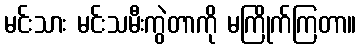
မင်းသား မင်းသမီးကွဲတာကို မကြိုက်ကြတာ။